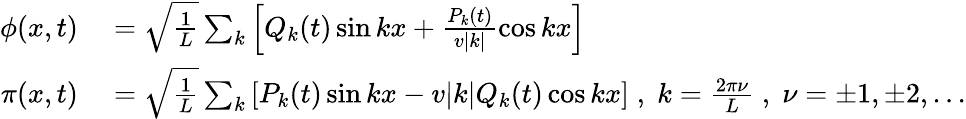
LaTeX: \begin{array}{rl}{\phi(x,t)}&{{}=\sqrt{\frac{1}{L}}\sum_{k}\left[Q_{k}(t)\sin kx+\frac{P_{k}(t)}{v|k|}\cos kx\right]}\\ {\pi(x,t)}&{{}=\sqrt{\frac{1}{L}}\sum_{k}\left[P_{k}(t)\sin kx-v|k|Q_{k}(t)\cos kx\right]\; ,\; k=\frac{2\pi\nu}{L}\; ,\; \nu=\pm 1,\pm 2,...}\end{array}